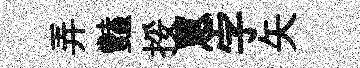
弄豔挼罳字矢